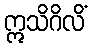
ဣသိဂိလိံ